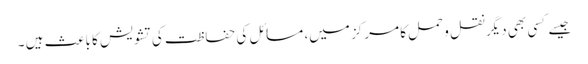
جیسے کسی بھی دیگر نقل و حمل کا مرکز میں، مسائل کی حفاظت کی تشویش کا باعث ہیں ۔